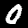
Label: 0